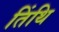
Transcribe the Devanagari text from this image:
तिंथि